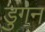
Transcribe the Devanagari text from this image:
डुंगन